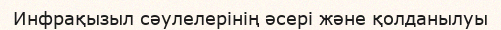
Инфрақызыл сәулелерінің әсері және қолданылуы